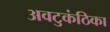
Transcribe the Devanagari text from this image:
अवटुकंठिका